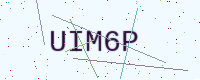
Text: UIM6P